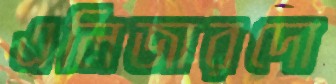
এলিজারদো